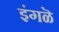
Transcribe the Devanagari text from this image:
इंगळॆ